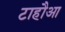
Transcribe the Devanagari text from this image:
टाहौआ